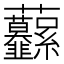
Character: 𧆙